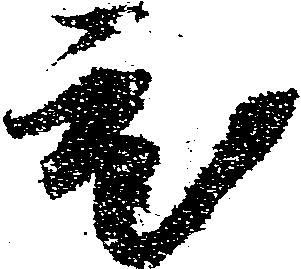
ひ